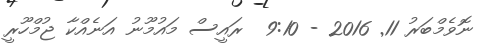
ނޮވެމްބަރު 11